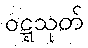
ဝဋ္ဋသုတ်